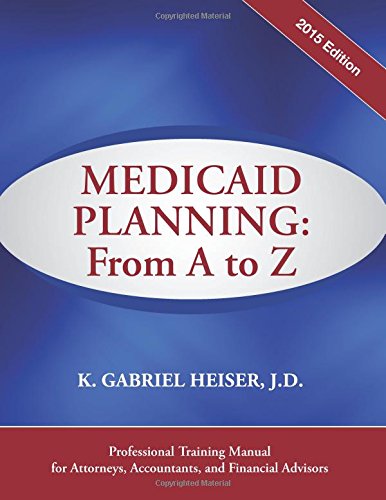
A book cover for Medicaid Planning: From A to Z (2015); K. Gabriel Heiser; Medical Books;